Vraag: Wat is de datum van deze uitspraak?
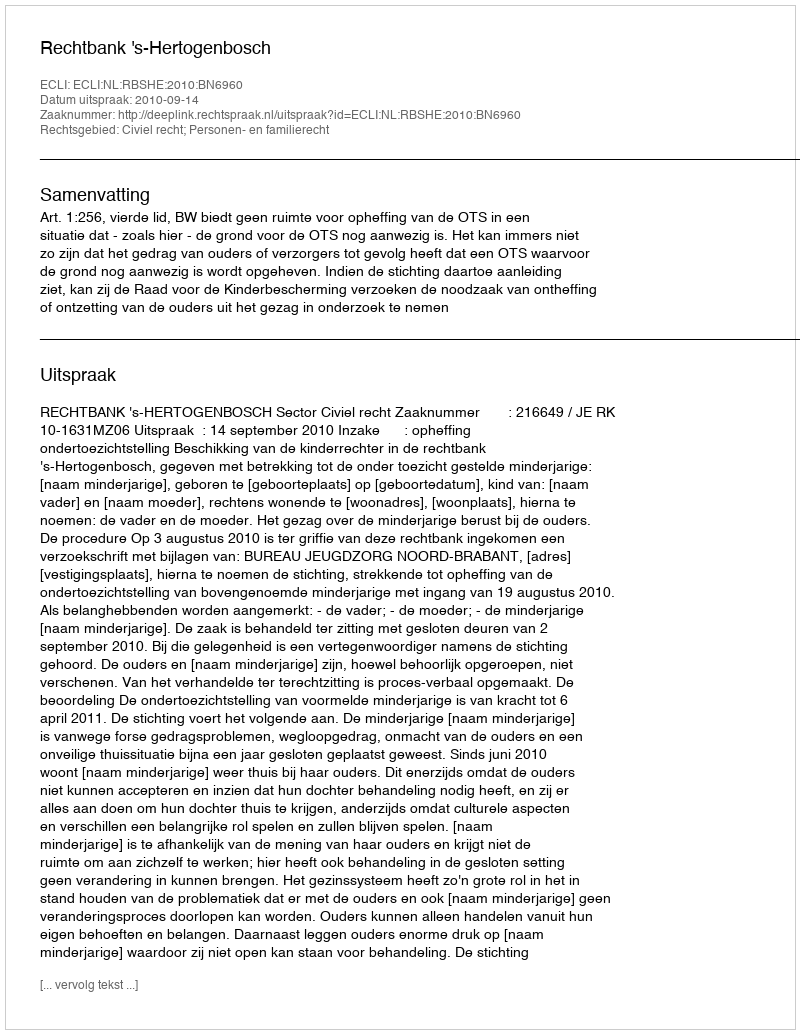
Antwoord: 2010-09-14